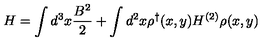
H = \int d ^ { 3 } x \frac { B ^ { 2 } } { 2 } + \int d ^ { 2 } x \rho ^ { \dag } ( x , y ) H ^ { ( 2 ) } \rho ( x , y )